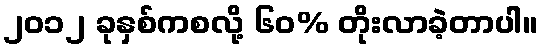
၂၀၁၂ ခုနှစ်ကစလို့ ၆၀% တိုးလာခဲ့တာပါ။